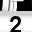
Digit: 2